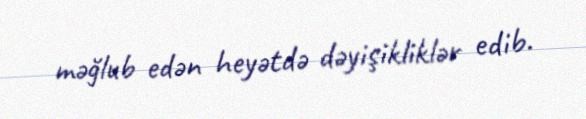
məğlub edən heyətdə dəyişikliklər edib.